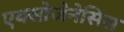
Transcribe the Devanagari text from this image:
एक्सोजेनेसिस